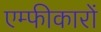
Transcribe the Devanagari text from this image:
एम्फीकारों